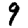
Digit: 9